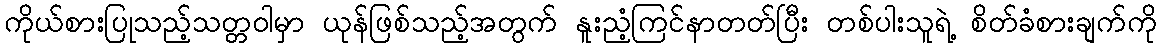
ကိုယ်စားပြုသည့်သတ္တဝါမှာ ယုန်ဖြစ်သည့်အတွက် နူးညံ့ကြင်နာတတ်ပြီး တစ်ပါးသူရဲ့ စိတ်ခံစားချက်ကို